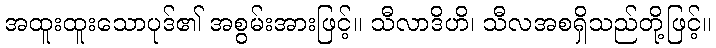
အထူးထူးသောပုဒ်၏ အစွမ်းအားဖြင့်။ သီလာဒိဟိ၊ သီလအစရှိသည်တို့ဖြင့်။